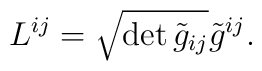
L^{ij}= \sqrt { \det {\tilde g_{ij}} } \tilde g^{ij} .